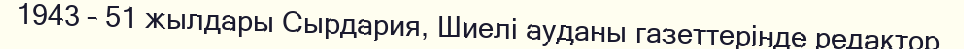
1943 – 51 жылдары Сырдария, Шиелі ауданы газеттерінде редактор,